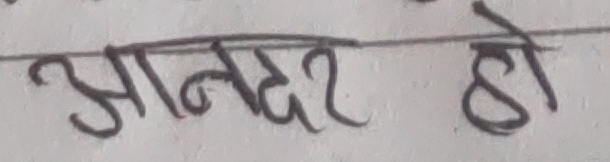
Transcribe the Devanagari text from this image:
आनन्दर हो